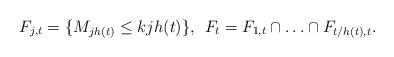
LaTeX: \begin{align*} F_{j,t}=\{M_{j h(t)}\leq k j h(t)\}, \:\: F_t=F_{1,t} \cap \ldots \cap F_{t/h(t),t} .\end{align*}